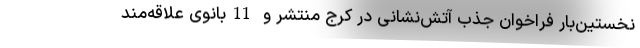
نخستین‌بار فراخوان جذب آتش‌نشانی در کرج منتشر و 11بانوی علاقه‌مند